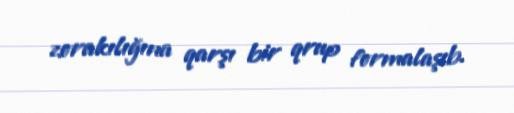
zorakılığına qarşı bir qrup formalaşıb.